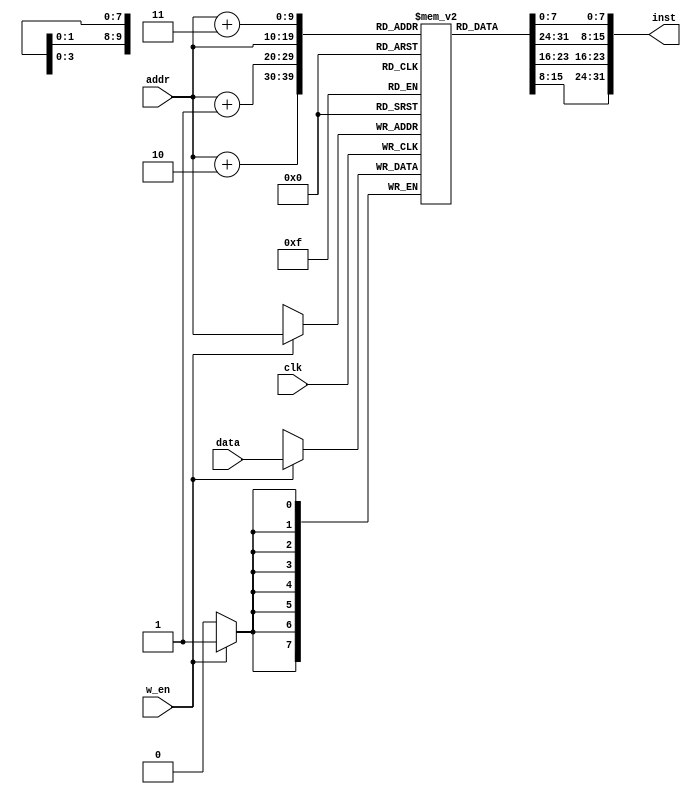
// Code your design here
`timescale 1ns/1ns
		
module isram #(parameter m = 10, n = 8) 
			(input clk, w_en,
			input [m-1:0] addr, 
			input [n-1:0] data,
			output [4*(n)-1:0] inst);

	parameter mem_size = 2**m; // 2^m
	reg [n-1:0] ISRAM [0:mem_size-1];


	always @(posedge clk) begin
		if (w_en)
			ISRAM[addr] <= data;
	end

	assign inst = {{ISRAM[addr],ISRAM[addr+1]},{ISRAM[addr+2],ISRAM[addr+3]}};

endmodule